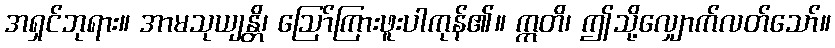
အရှင်ဘုရား။ အာမသုယျန္တိ၊ ဩော်ကြားဖူးပါကုန်၏။ ဣတိ၊ ဤသို့လျှောက်လတ်သော်။